Scottish Certificate of Education, 1963
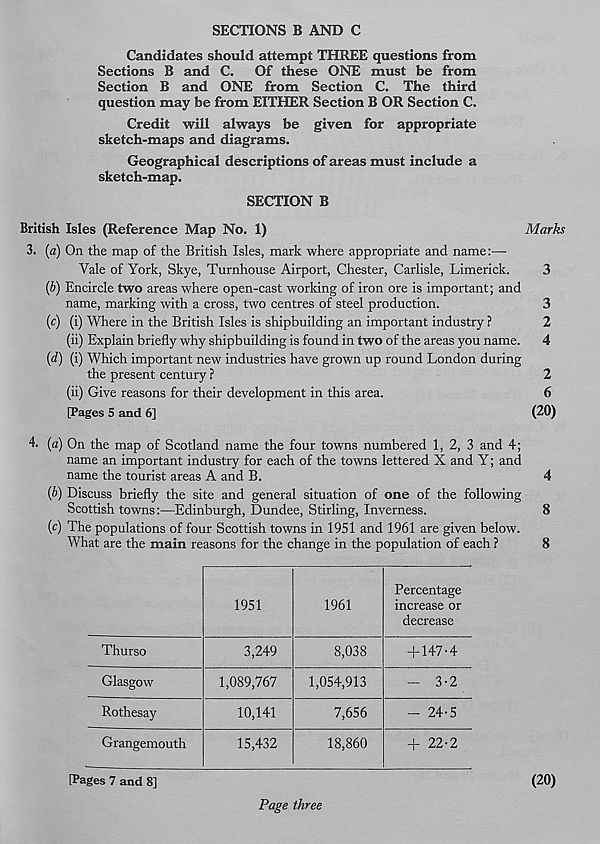
SECTIONS B AND C
Candidates should attempt THREE questions from
Sections B and C. Of these ONE must be from
Section B and ONE from Section C. The third
question may be from EITHER Section B OR Section C.
Credit will always be given for appropriate
sketch-maps and diagrams.
Geographical descriptions of areas must include a
sketch-map.
SECTION B
British Isles (Reference Map No. 1)
Marks
3. {a) On the map of the British Isles, mark where appropriate and name:—
Vale of York, Skye, Turnhouse Airport, Chester, Carlisle, Limerick.
3
{b) Encircle two areas where open-cast working of iron ore is important; and
name, marking with a cross, two centres of steel production.
(c) (i) Where in the British Isles is shipbuilding an important industry ?
(ii) Explain briefly why shipbuilding is found in two of the areas you name.
(d) (i) Which important new industries have grown up round London during
the present century ?
2
(ii) Give reasons for their development in this area.
6
[Pages 5 and 6]
(20)
4. (a) On the map of Scotland name the four towns numbered 1, 2, 3 and 4;
name an important industry for each of the towns lettered X and Y; and
name the tourist areas A and B.
4
{b) Discuss briefly the site and general situation of one of the following
Scottish towns:—Edinburgh, Dundee, Stirling, Inverness.
8
(c) The populations of four Scottish towns in 1951 and 1961 are given below.
What are the main reasons for the change in the population of each ?
8
1951
1961
Percentage
increase or
decrease
Thurso
3,249
8,038
4-147-4
Glasgow
1,089,767
1,054,913
- 3-2
Rothesay
10,141
7,656
24-5
Grangemouth
15,432
18,860
22-2
[Pages 7 and 8]
Page three
(20)
-fe-